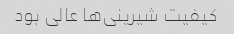
کیفیت شیرینی‌ها عالی بود